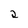
Character: 2